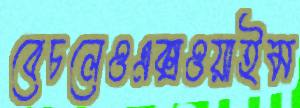
বেচলেওএক্সওয়াইম